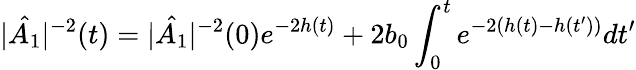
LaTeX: |\hat{A_{1}}|^{-2}(t)=|\hat{A_{1}}|^{-2}(0)e^{-2h(t)}+2b_{0}\int_{0}^{t}e^{-2\left(h(t)-h(t^{\prime})\right)}dt^{\prime}